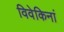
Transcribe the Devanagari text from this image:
विवेकिनां